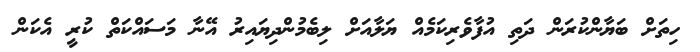
ހިތަށް ބަޔާންކުރަން ދަތި އުފާވެރިކަމެއް ޔަލާއަށް ލިބެމުންދިޔައިރު އޭނާ މަސައްކަތް ކުރީ އެކަން